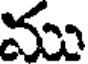
ము